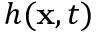
h ( \mathbf { x } , t )